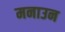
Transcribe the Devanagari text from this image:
मनाउन